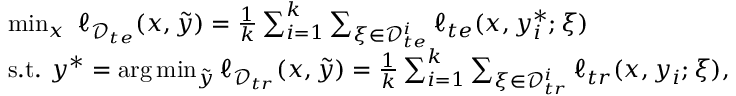
\begin{array} { r l } & { \operatorname* { m i n } _ { x } \ \ell _ { \mathcal { D } _ { t e } } ( x , \tilde { y } ) = \frac { 1 } { k } \sum _ { i = 1 } ^ { k } \sum _ { \xi \in \mathcal { D } _ { t e } ^ { i } } \ell _ { t e } ( x , y _ { i } ^ { * } ; \xi ) } \\ & { \mathrm { s . t . } \ y ^ { * } = \arg \operatorname* { m i n } _ { \tilde { y } } \ell _ { \mathcal { D } _ { t r } } ( x , \tilde { y } ) = \frac { 1 } { k } \sum _ { i = 1 } ^ { k } \sum _ { \xi \in \mathcal { D } _ { t r } ^ { i } } \ell _ { t r } ( x , y _ { i } ; \xi ) , } \end{array}